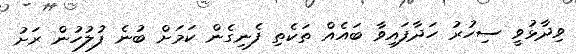
ވިދާޅުވީ ސިހުރު ހަދާފައިވާ ބައެއް ތަކެތި ފެނިގެން ކަމަށް ބުނެ ފުލުހުން ރަށު